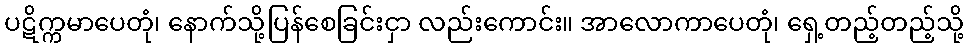
ပဋိက္ကမာပေတုံ၊ နောက်သို့ပြန်စေခြင်းငှာ လည်းကောင်း။ အာလောကာပေတုံ၊ ရှေ့တည့်တည့်သို့